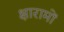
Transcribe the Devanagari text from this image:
क्षारामों